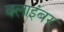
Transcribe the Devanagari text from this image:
क्लाइंबर